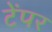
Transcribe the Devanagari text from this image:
टेंपर